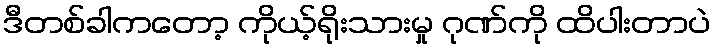
ဒီတစ်ခါကတော့ ကိုယ့်ရိုးသားမှု ဂုဏ်ကို ထိပါးတာပဲ